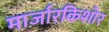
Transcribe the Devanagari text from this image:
मार्जारकिशोर